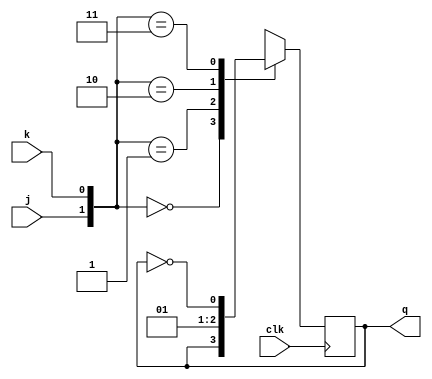
module jk ( input j, input k, input clk, output q);  
  
   reg q;  
  
   always @ (posedge clk)  
      case ({j,k})  
         2'b00 :  q <= q;  
         2'b01 :  q <= 0;  
         2'b10 :  q <= 1;  
         2'b11 :  q <= ~q;  
      endcase  
endmodule